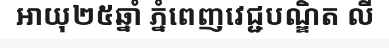
អាយុ២៥ឆ្នាំ ភ្នំពេញវេជ្ជបណ្ឌិត លី